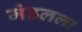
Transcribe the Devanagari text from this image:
मंडलला